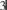
3